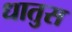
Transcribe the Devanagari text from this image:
धातुस